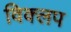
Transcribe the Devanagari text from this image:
विक्लप